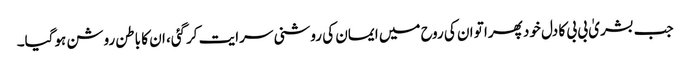
جب بشریٰ بی بی کا دل خود پھرا تو ان کی روح میں ایمان کی روشنی سرایت کرگئی، ان کا باطن روشن ہوگیا۔